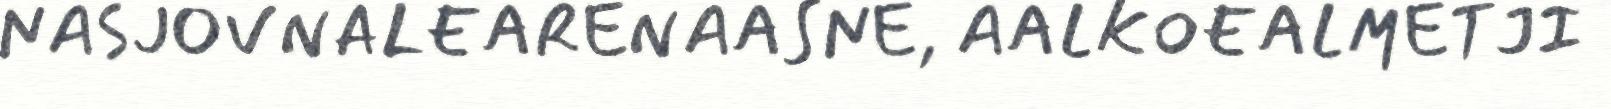
NASJOVNALEARENAASNE, AALKOEALMETJI